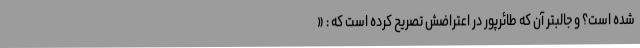
شده است؟ و جالبتر آن که طائرپور در اعتراضش تصریح کرده است که : «